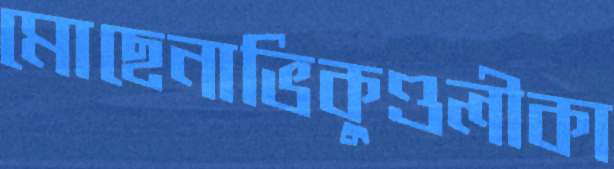
মোছেনাভিকুণ্ডলীকা